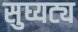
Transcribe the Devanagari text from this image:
सुघ्यट्य